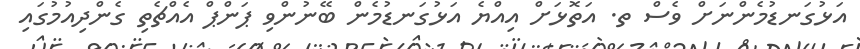
އަޅުގަނޑުމެންނަށް ވެސް ތ. އަތޮޅަށް އިއްޔެ އަޅުގަނޑުމެން ބޭނުންވި ޕަންޕް އެއްޗެތި ގެންދިއުމުގައި